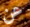
عن